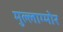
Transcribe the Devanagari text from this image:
मुल्लाग्मोर